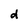
Character: d